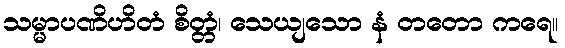
သမ္မာပဏိဟိတံ စိတ္တံ၊ သေယျသော နံ တတော ကရေ။